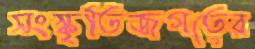
সংস্কৃতিজগতের